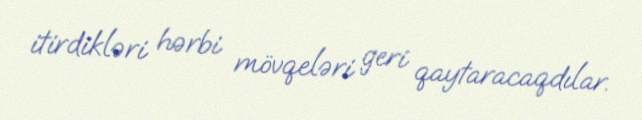
itirdikləri hərbi mövqeləri geri qaytaracaqdılar.